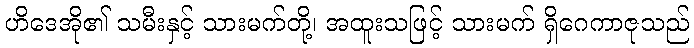
ဟိဒေအို၏ သမီးနှင့် သားမက်တို့၊ အထူးသဖြင့် သားမက် ရှိဂေကာဇုသည်